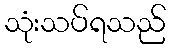
သုံးသပ်ရသည်